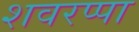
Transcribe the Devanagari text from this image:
शवरप्पा